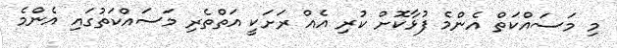
މި މަސައްކަތް އެންމެ ފުޅާކޮށް ކުރި އެއް ރަށަކީ އަތްތެރި މަސައްކަތުގައި އެންމެ